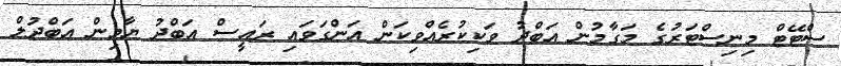
ސްޓޭޓް މިނިސްޓަރުގެ މަގާމުން އަބްދު ވަކިކުރެއްވިކަން އަންގަވައި ރައީސް އަބްދު ޔާމިން އަބްދުލް